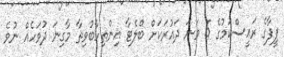
ފީފާގެ ރައީސްކަމުގެ 5 ވަނަ ދައުރަކަށް ބްލެޓާ އިންތިހާބުވިތާ މާގިނަ ދުވަހެއް ނުވެ